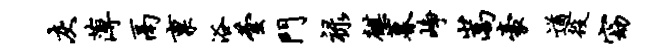
灰薄鬲禀浴芸门禄麒暮峥嵩豪遒役窈